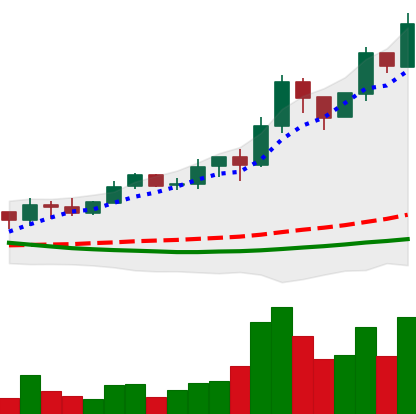
Ticker: ADA-USD
Chart end date: 2019-03-29
Forward return: 27.261%
Label: up_7plus